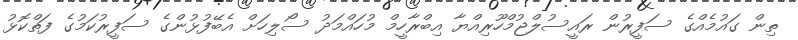
ތިން ގައުމެއްގެ ސަފީރުން ރައީސުލްޖުމްހޫރިއްޔާ އިބްރާހީމް މުހައްމަދު ސޯލިހަށް އެބޭފުޅުންގެ ސަފީރުކަމުގެ ފަތްކޮޅު